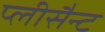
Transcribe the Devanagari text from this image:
प्लीसैन्ट